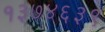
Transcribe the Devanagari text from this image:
१३७४६३९